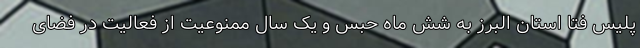
پلیس فتا استان البرز به شش ماه حبس و یک سال ممنوعیت از فعالیت در فضای